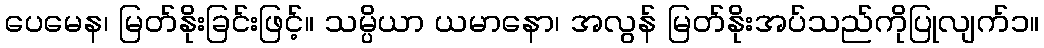
ပေမေန၊ မြတ်နိုးခြင်းဖြင့်။ သမ္ပိယာ ယမာနော၊ အလွန် မြတ်နိုးအပ်သည်ကိုပြုလျက်၁။